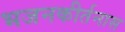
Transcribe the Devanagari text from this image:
भजनकीर्तनास